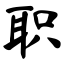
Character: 职